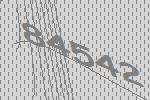
84542